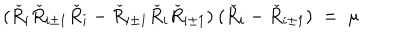
LaTeX: ( \check { R } _ { i } \check { R } _ { i \pm 1 } \check { R } _ { i } - \check { R } _ { i \pm 1 } \check { R } _ { i } \check { R } _ { i \pm 1 } ) \: ( \check { R } _ { i } - \check { R } _ { i \pm 1 } ) \; = \; \mu